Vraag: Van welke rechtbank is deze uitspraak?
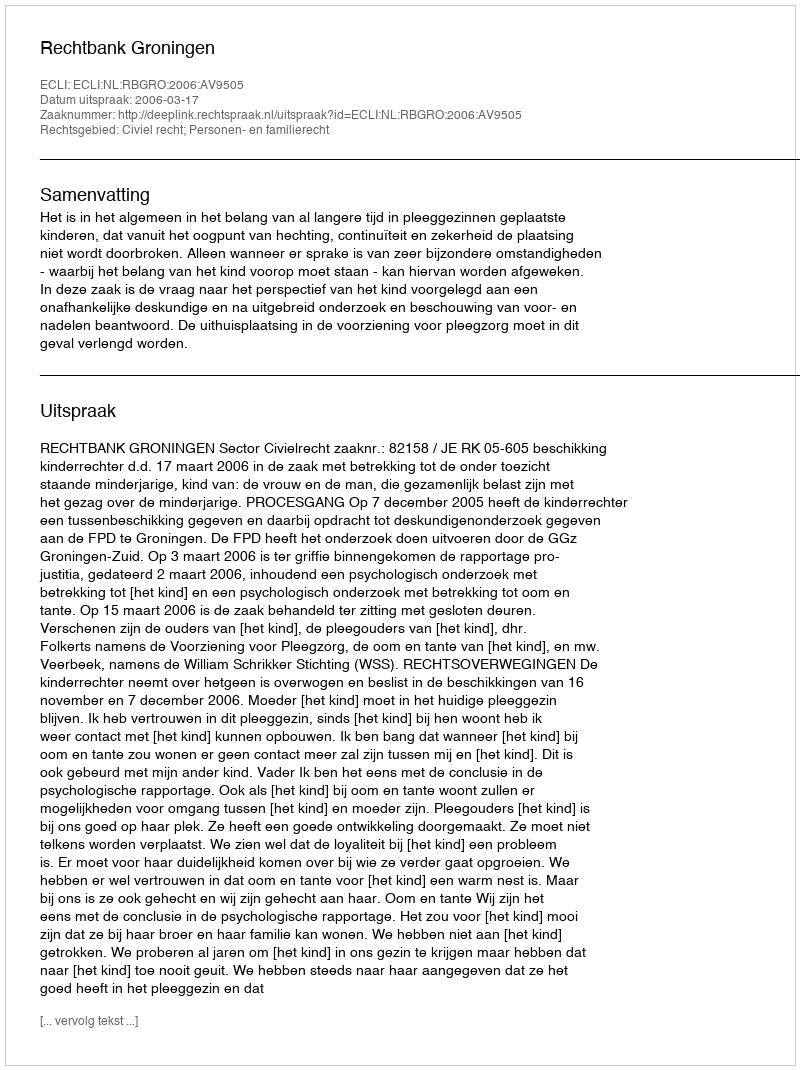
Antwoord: Rechtbank Groningen